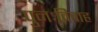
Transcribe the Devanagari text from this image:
पुनःविवाह